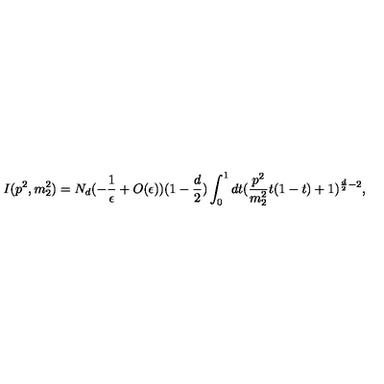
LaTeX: I ( p ^ { 2 } , m _ { 2 } ^ { 2 } ) = N _ { d } ( - \frac { 1 } { \epsilon } + O ( \epsilon ) ) ( 1 - \frac { d } { 2 } ) \int _ { 0 } ^ { 1 } d t ( \frac { p ^ { 2 } } { m _ { 2 } ^ { 2 } } t ( 1 - t ) + 1 ) ^ { \frac { d } { 2 } - 2 } ,